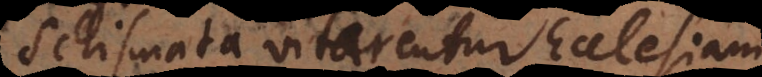
Schismata vitarentur Ecclesiam